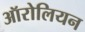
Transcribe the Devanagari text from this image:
ऑरोलियन